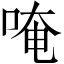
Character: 唵